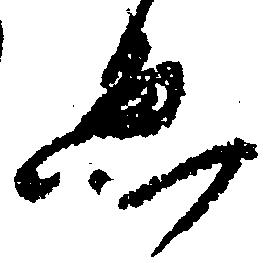
ゑ